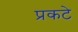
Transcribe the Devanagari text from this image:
प्रकटे